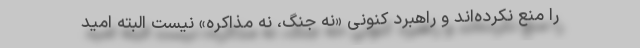
را منع نکرده‌اند و راهبرد کنونی «نه جنگ، نه مذاکره» نیست البته امید